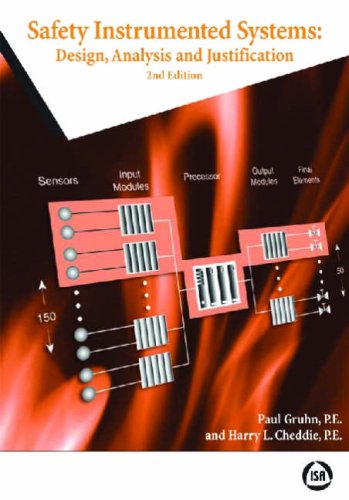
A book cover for Safety Instrumented Systems: Design, Analysis, and Justification, 2nd Edition; Paul Gruhn; Engineering & Transportation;